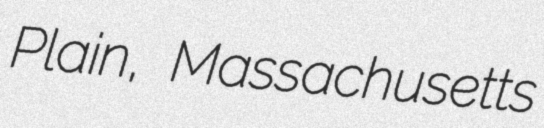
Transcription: Plain, Massachusetts